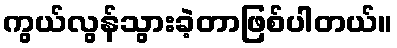
ကွယ်လွန်သွားခဲ့တာဖြစ်ပါတယ်။